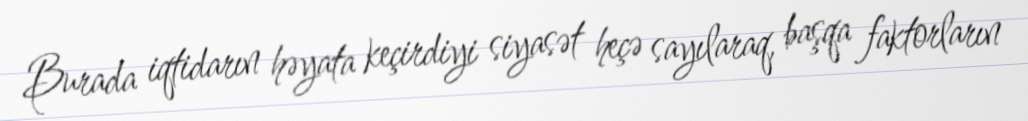
Burada iqtidarın həyata keçirdiyi siyasət heçə sayılaraq, başqa faktorların